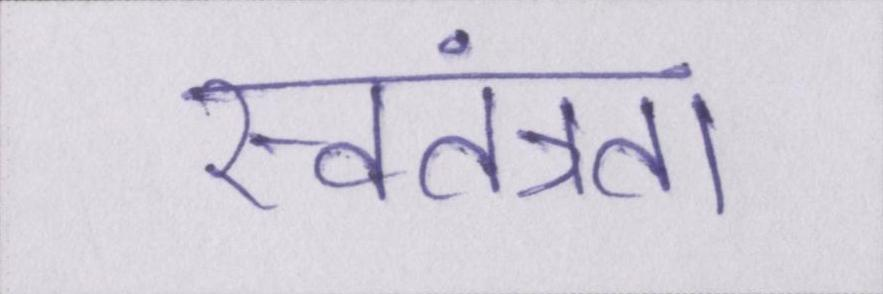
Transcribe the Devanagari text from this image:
स्वतंत्रता